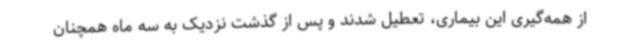
از همه‌گیری این بیماری، تعطیل شدند و پس از گذشت نزدیک به سه ماه همچنان